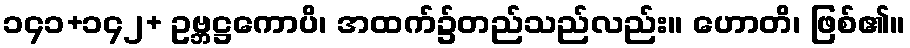
၁၄၁+၁၄၂+ ဥဗ္ဘဋ္ဌကောပိ၊ အထက်၌တည်သည်လည်း။ ဟောတိ၊ ဖြစ်၏။